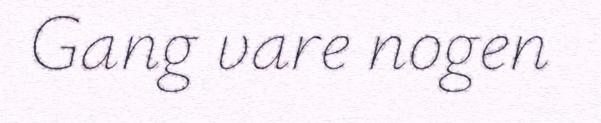
Gang vare nogen